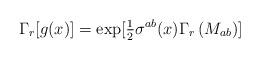
LaTeX: \begin{align*}\Gamma_{r}[g(x)]={\rm exp}[{\textstyle\frac{1}{2}} \sigma^{ab}(x)\Gamma_{r}\left(M_{ab}\right)]\end{align*}